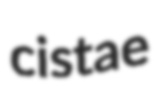
cistae